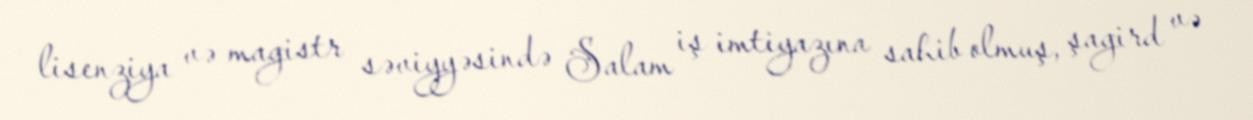
lisenziya və magistr səviyyəsində Salam iş imtiyazına sahib olmuş, şagird və